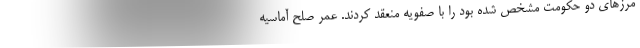
مرزهای دو حکومت مشخص شده بود را با صفویه منعقد کردند. عمر صلح آماسیه